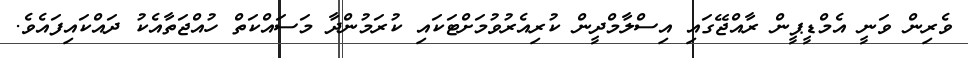
ވެރިން ވަނީ އެމްޑީޕީން ރާއްޖޭގައި އިސްލާމްދީން ކުރިއެރުވުމަށްޓަކައި ކުރަމުންދާ މަސައްކަތް ހުއްޖަތާއެކު ދައްކައިފައެވެ.